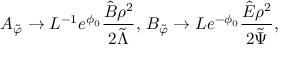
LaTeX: A _ { \tilde { \varphi } } \rightarrow L ^ { - 1 } e ^ { \phi _ { 0 } } \frac { \hat { B } \rho ^ { 2 } } { 2 \tilde { \Lambda } } , \, B _ { \tilde { \varphi } } \rightarrow L e ^ { - \phi _ { 0 } } \frac { \hat { E } \rho ^ { 2 } } { 2 \tilde { \Psi } } ,